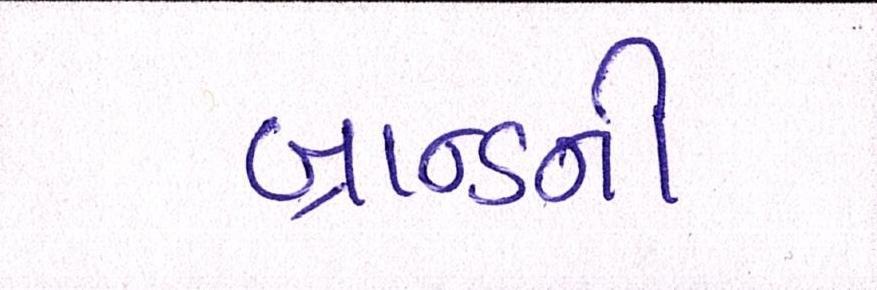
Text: બ્રાન્ડની